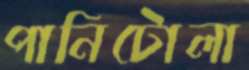
পানিটোলা